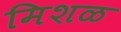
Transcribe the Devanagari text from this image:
मिशळ